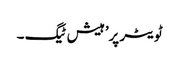
ٹویٹر پر’ہیش ٹیگ ۔